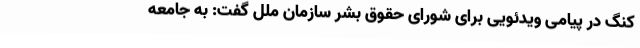
کنگ در پیامی ویدئویی برای شورای حقوق بشر سازمان ملل گفت: به جامعه